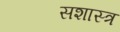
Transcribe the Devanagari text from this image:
सशास्त्र